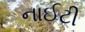
નાઈટી